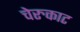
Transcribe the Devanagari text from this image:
चेरुकाट